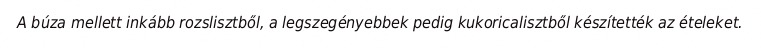
A búza mellett inkább rozslisztből, a legszegényebbek pedig kukoricalisztből készítették az ételeket.